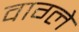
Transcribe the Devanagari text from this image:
वाग्ले